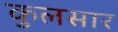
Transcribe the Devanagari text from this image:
कुलसार